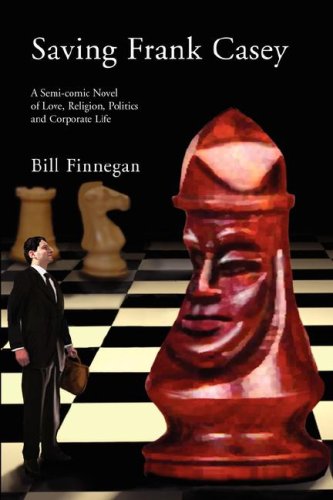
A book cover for Saving Frank Casey; Bill Finnegan; Romance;